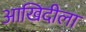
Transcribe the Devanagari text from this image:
आखिदीला